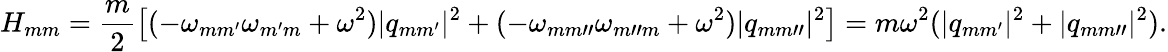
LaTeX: H_{mm}=\frac{m}{2}\left[(-\omega_{mm^{\prime}}\omega_{m^{\prime}m}+\omega^{2})|q_{mm^{\prime}}|^{2}+(-\omega_{mm"}\omega_{m"m}+\omega^{2})|q_{mm"}|^{2}\right]=m\omega^{2}(|q_{mm^{\prime}}|^{2}+|q_{mm"}|^{2}).